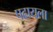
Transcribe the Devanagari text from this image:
पढायला